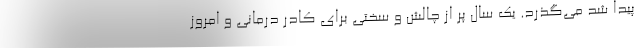
پیدا شد می‌گذرد. یک سال پر از چالش و سختی برای کادر درمانی و امروز